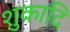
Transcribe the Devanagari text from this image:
शुकादि